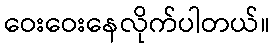
ဝေးဝေးနေလိုက်ပါတယ်။